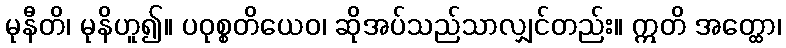
မုနီတိ၊ မုနိဟူ၍။ ပဝုစ္စတိယေဝ၊ ဆိုအပ်သည်သာလျှင်တည်း။ ဣတိ အတ္ထော၊